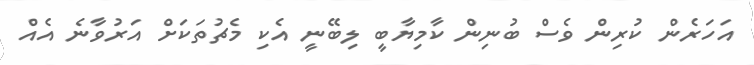
އަހަރެން ކުރިން ވެސް ބުނިން ކާމިޔާބީ ލިބޭނީ އެކި މެޗުތަކަށް އަރުވާނެ އެއް